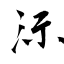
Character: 沶